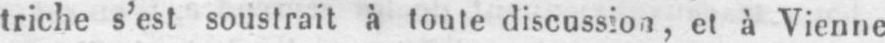
triche s’est soustrait à toute discussion, et à Vienne